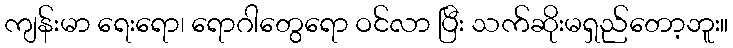
ကျန်းမာ ရေးရော၊ ရောဂါတွေရော ဝင်လာ ပြီး သက်ဆိုးမရှည်တော့ဘူး။